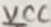
Text: VCC